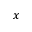
x